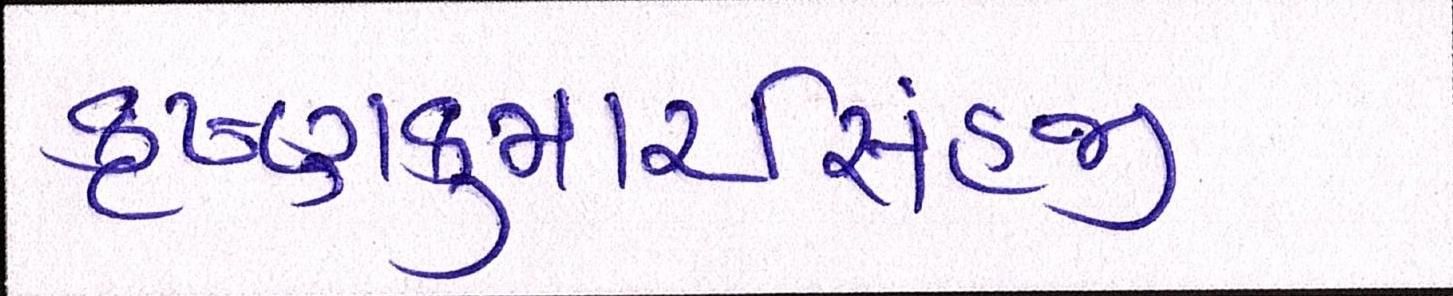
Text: કૃષ્ણકુમારસિંહજી